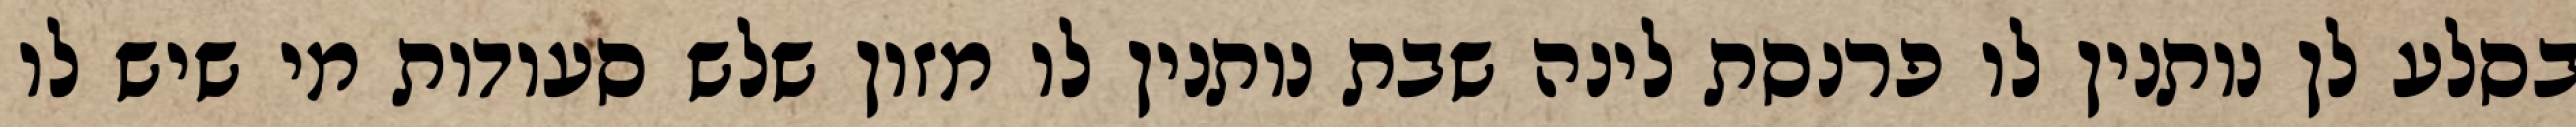
בסלע לן נותנין לו פרנסת לינה שבת נותנין לו מזון שלש סעודות מי שיש לו